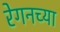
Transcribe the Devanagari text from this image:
रेगनच्या